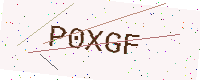
Text: P0XGF